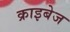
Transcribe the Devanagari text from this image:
क्राइबेज